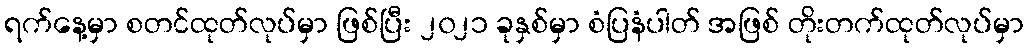
ရက်နေ့မှာ စတင်ထုတ်လုပ်မှာ ဖြစ်ပြီး ၂၀၂၁ ခုနှစ်မှာ စံပြနံပါတ် အဖြစ် တိုးတက်ထုတ်လုပ်မှာ